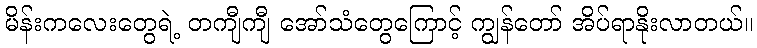
မိန်းကလေးတွေရဲ့ တကျီကျီ အော်သံတွေကြောင့် ကျွန်တော် အိပ်ရာနိုးလာတယ်။